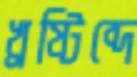
খ্রষ্টিব্দে